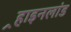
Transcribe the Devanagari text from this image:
र्‍हाइनलांड